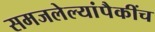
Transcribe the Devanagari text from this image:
समजलेल्यांपैकींच